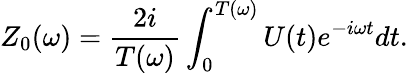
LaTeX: Z_{0}(\omega)=\frac{2i}{T(\omega)}\int_{0}^{T(\omega)}U(t)e^{-i\omega t}dt.